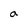
Character: a